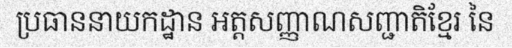
ប្រធាននាយកដ្ឋាន អត្តសញ្ញាណសញ្ជាតិខ្មែរ នៃ